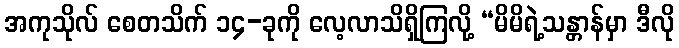
အကုသိုလ် စေတသိက် ၁၄-ခုကို လေ့လာသိရှိကြလို့ “မိမိရဲ့သန္တာန်မှာ ဒီလို